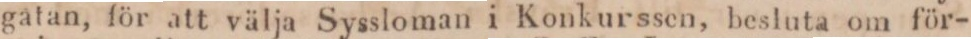
gatan, för att välja Syssloman i Konkurssen, besluta om för-